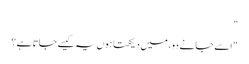
"
" اِسے جانے دو ، میں دیکھتا ہوں یہ کیسے جاتا ہے ؟